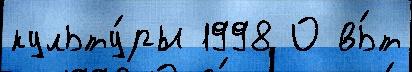
культу́ры 1998 О вь́т